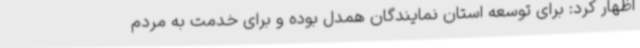
اظهار کرد: برای توسعه استان نمایندگان همدل بوده و برای خدمت به مردم